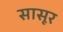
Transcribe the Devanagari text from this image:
सासूर